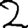
Digit: 2